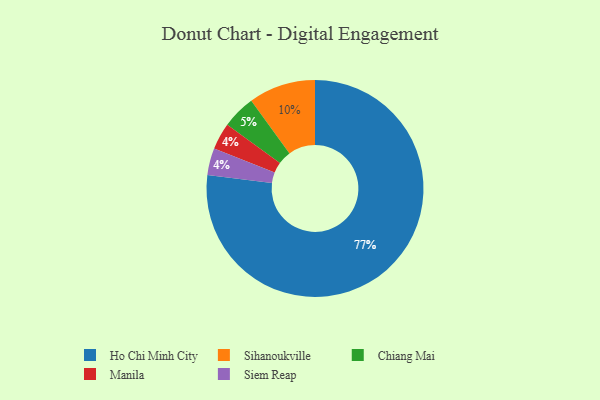
{"axis": {"x": "Category", "y": "Percentage"}, "legend": ["Chiang Mai", "Ho Chi Minh City", "Manila", "Siem Reap", "Sihanoukville"], "data": [{"x": "Manila", "y": 4, "type": "Manila"}, {"x": "Ho Chi Minh City", "y": 77, "type": "Ho Chi Minh City"}, {"x": "Siem Reap", "y": 4, "type": "Siem Reap"}, {"x": "Sihanoukville", "y": 10, "type": "Sihanoukville"}, {"x": "Chiang Mai", "y": 5, "type": "Chiang Mai"}]}